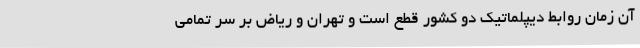
آن زمان روابط دیپلماتیک دو کشور قطع است و تهران و ریاض بر سر تمامی